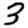
Digit: 3